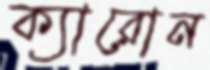
ক্যারোন